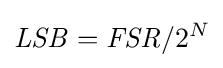
{\mathit {LSB}}={\mathit {FSR}}/{2^{N}}